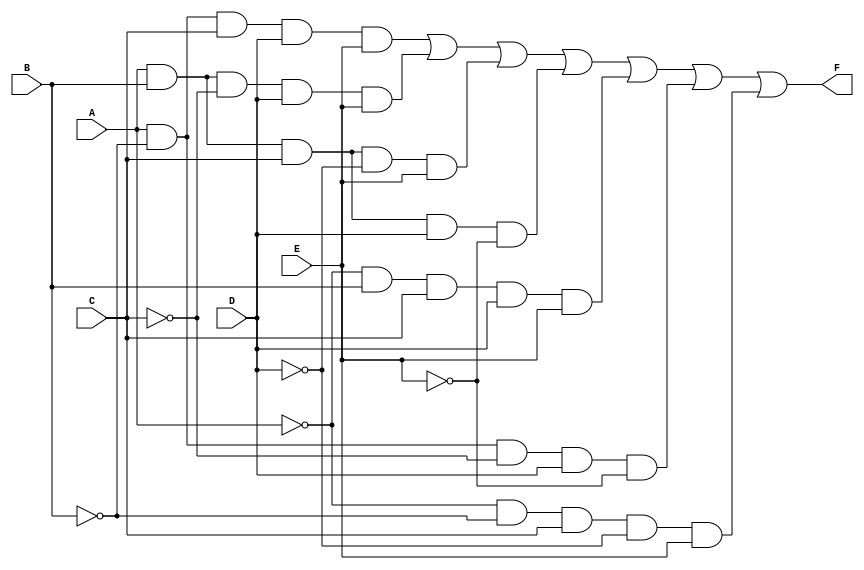
module five_variable_kmap (
    input wire A, // Input A
    input wire B, // Input B
    input wire C, // Input C
    input wire D, // Input D
    input wire E, // Input E
    output wire F // Output F
);

// K-map simplification based on the specific minterms
// This is an example; you should replace the expression with the actual simplified expression from your K-map.
assign F = (A & ~B & C & D & E) | // Minterm 1
           (A & B & ~C & D & E) | // Minterm 2
           (A & B & C & ~D & E) | // Minterm 3
           (A & B & C & D & ~E) | // Minterm 4
           (~A & B & C & D & E) | // Minterm 5
           (A & ~B & ~C & D & ~E) | // Minterm 6
           (~A & ~B & C & ~D & E); // Minterm 7
           // Add more minterms based on your K-map simplification

endmodule